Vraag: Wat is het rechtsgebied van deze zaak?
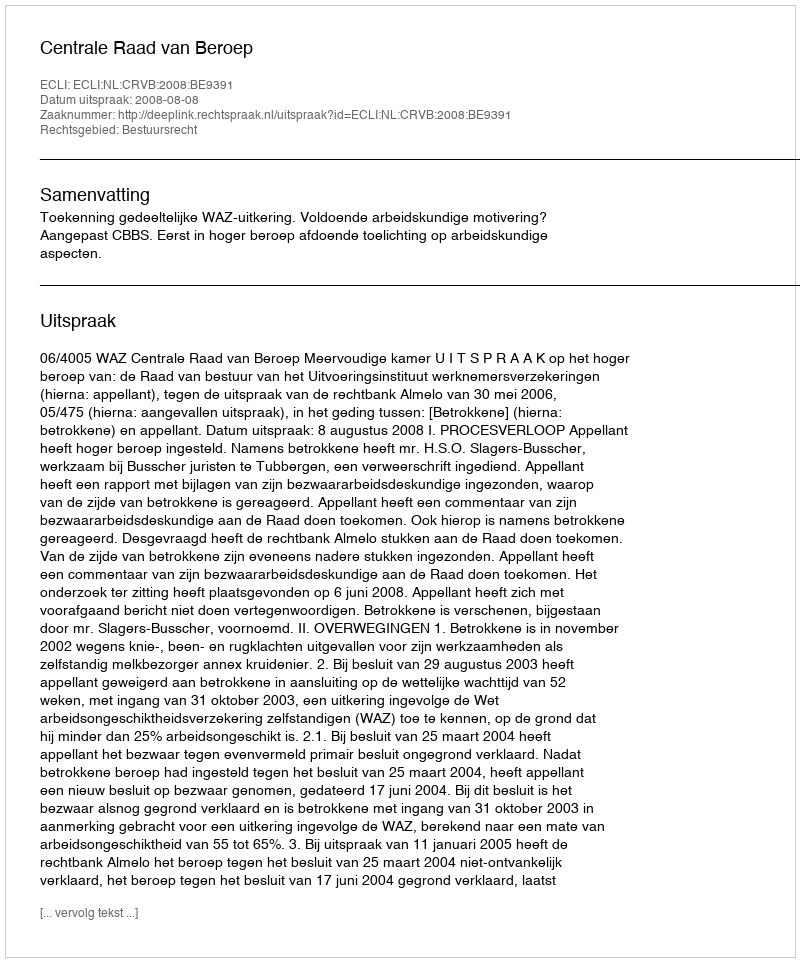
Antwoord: Bestuursrecht